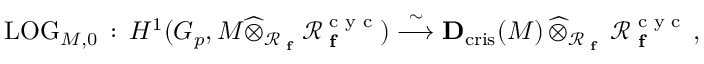
\mathrm { L O G } _ { M , 0 } \, : \, H ^ { 1 } ( G _ { p } , M \widehat { \otimes } _ { \mathcal { R } _ { \textup { \bf f } } } \mathcal { R } _ { \textup { \bf f } } ^ { \textup { c y c } } ) \stackrel { \sim } { \longrightarrow } \mathbf { D } _ { \mathrm { c r i s } } ( M ) \, \widehat { \otimes } _ { \mathcal { R } _ { \textup { \bf f } } } \, \mathcal { R } _ { \textup { \bf f } } ^ { \textup { c y c } } \, ,